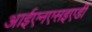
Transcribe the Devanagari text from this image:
आईएनएसइएडी